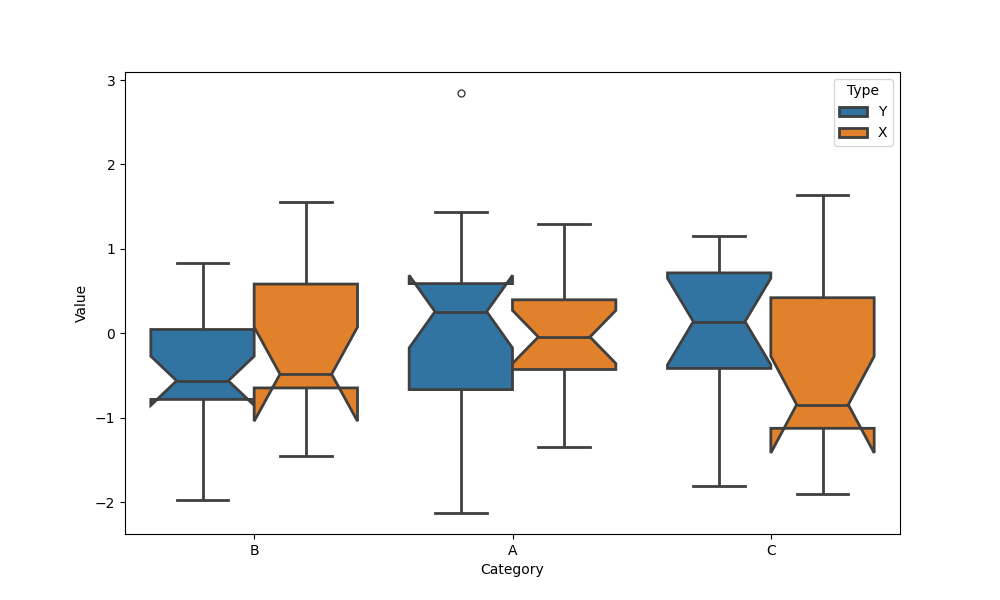
python, seaborn, boxplot, width=0.8, linewidth=2, fliersize=5, notch=True